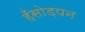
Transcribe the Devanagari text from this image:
हँसोड़पन